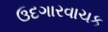
ઉદગારવાચક